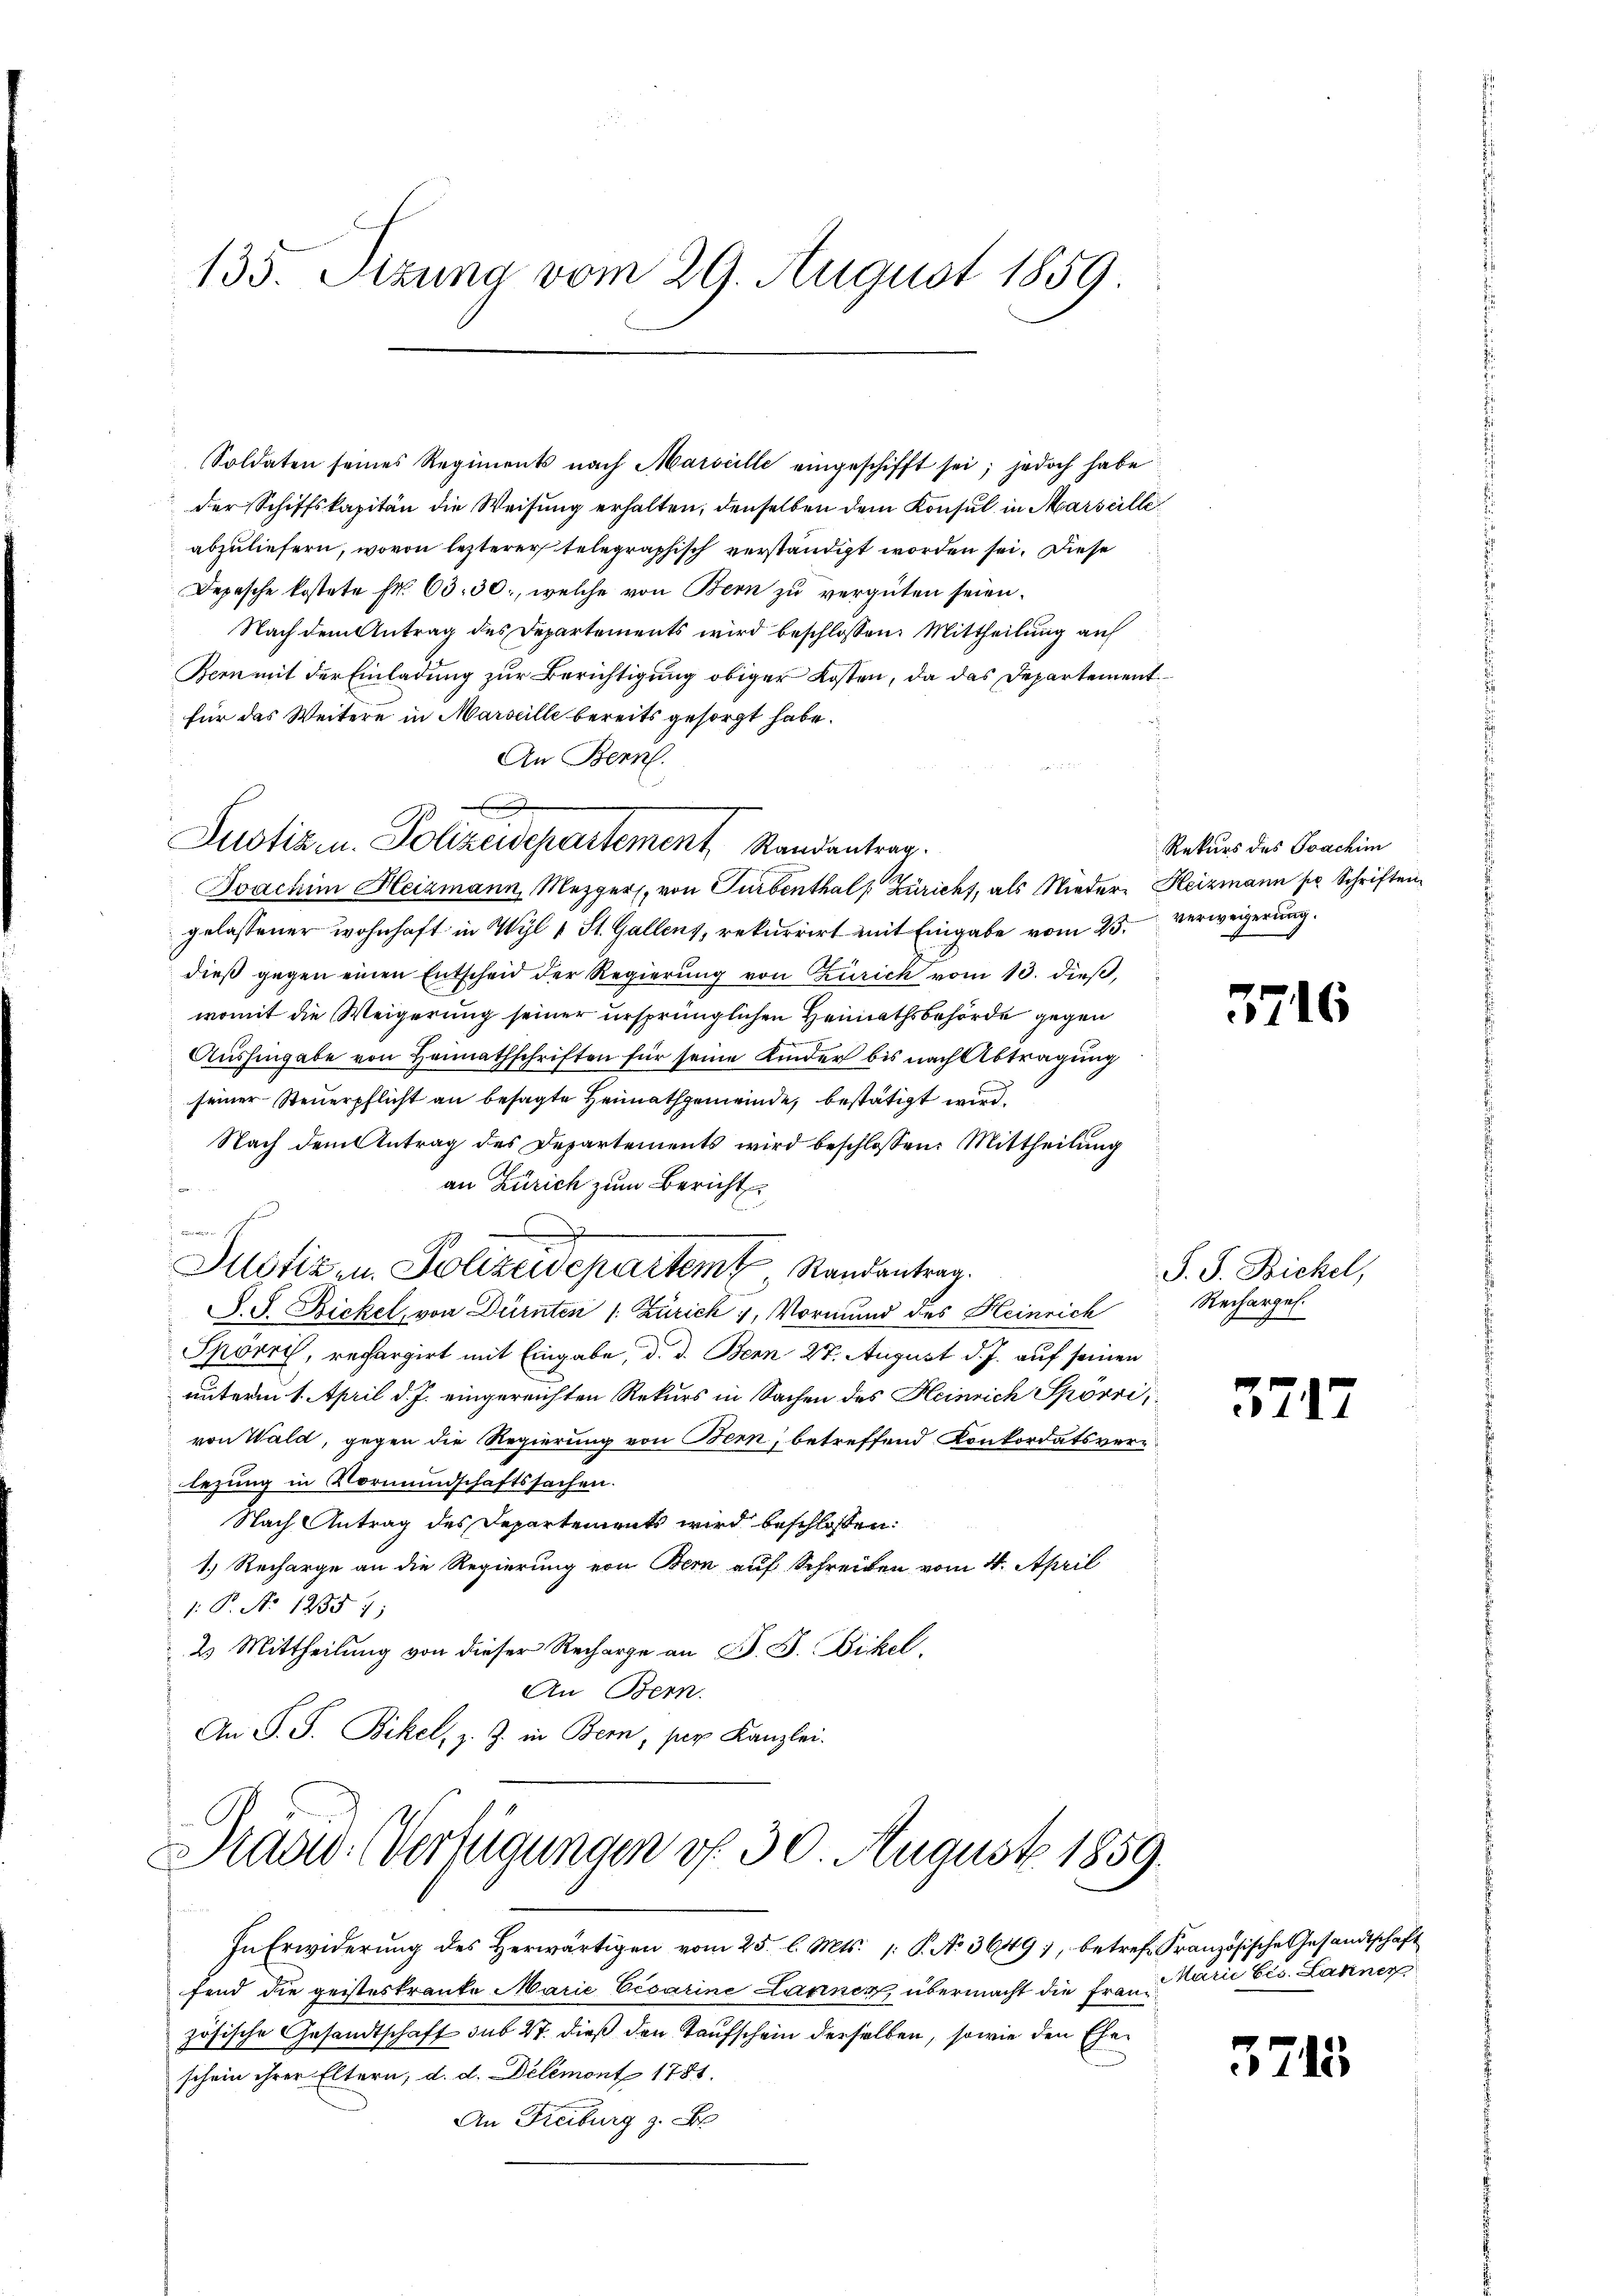
133. Sitzung vom 29. August 1859.

Soldaten seines Regiments nach Marseille eingeschifft sei; jedoch habe
der Schiffskapitän die Weisung erhalten, denselben dem Konsul in Marseille
abzuliefern, wovon lezterer telegraphisch verständigt worden sei. Diese
Depesche kostete Fr. 63. 30., welche von Bern zu vergüten seien.
Nach dem Antrag des Departements wird beschlossen: Mittheilung auf
Bern mit der Einladung zur Berichtigung obiger Kosten, da das Departement
für das Weitere in Marseille bereits gesorgt habe.
An Bern.
gelassener wohnhaft in Wyl 1 St. Gallens, rekurrirt mit Eingabe vom 25. Verweigerung.
dieß gegen einen Entscheid der Regierung von Zürich vom 13. dieß,
womit die Weigerung seiner ursprünglichen Heimathsbehörde gegen
Aushingabe von Heimathschriften für seine Kinder bis nach Abtragung
seiner Steuerpflicht an besagte Heimathgemeinde, bestätigt wird.
Nach dem Antrag des Departements wird beschlossen: Mittheilŭng
an Zürich zum Bericht
Justizen Polizeidepartem Randantrag.
S. S. Bickel, von Dürnten 1. Zürich 4, Vormund des Heinrich
Spörri, rechargirt mit Eingabe, d. d. Bern 27. August d. J. auf seinen
unterm 1. April d. J. eingereichten Rekurs in Sachen des Heinrich Spörri,
von Wald, gegen die Regierung von Bern, betreffend Konkordatsverlezung in Vormundschaftssachen.
Nach Antrag des Departements wird beschlossen:
1.) Recharge an die Regierung von Bern auf Schreiben vom 4. April
1. P. No 12357;
2 Mittheilung von dieser Recharge an B. J. Bickel,
An Bern.
An P. P. Bickel, z. Z. in Bern, per Kanzlei.

Justiz u. Polizeidepartement, Randentrag.
Joachim Heizmann, Mezger, von Turbenthal Züricht, als Nieder Heizmann pr. Schriften

In Erwiderung des Herwärtigen vom 25. l. Mts. 1. P. Nr. 3649), betref Französische Gesandtschaft
fend die geisteskrante Marie Cesarine Lawinen übermacht die Französische Gesandtschaft sub 27. dieß den Taufschein derselben, sowie den Eheschein ihrer Eltern, d. d. Delémont 1781.
An Freiburg z. B.

Siadw. Verfügungen d. 30. August 1859.

Rekurs des Joachim

3716

S. S. Bichel,
Rechargel.

5747

Marie Eis. Launer

3713